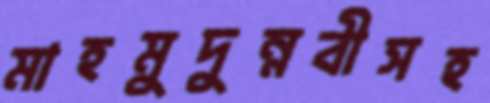
মাহমুদুন্নবীসহ